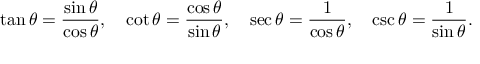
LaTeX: \tan \theta = { \frac { \sin \theta } { \cos \theta } } , \quad \cot \theta = { \frac { \cos \theta } { \sin \theta } } , \quad \sec \theta = { \frac { 1 } { \cos \theta } } , \quad \csc \theta = { \frac { 1 } { \sin \theta } } .